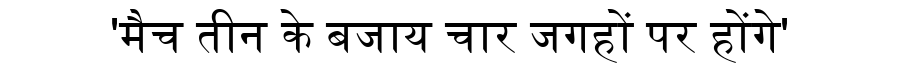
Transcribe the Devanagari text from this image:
'मैच तीन के बजाय चार जगहों पर होंगे'